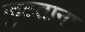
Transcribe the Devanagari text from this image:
फुटताना